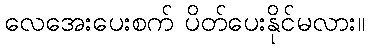
လေအေးပေးစက် ပိတ်ပေးနိုင်မလား။